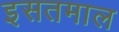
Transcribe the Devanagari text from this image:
इसतमाल